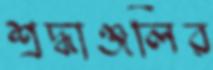
শ্রদ্ধাঞ্জলির